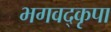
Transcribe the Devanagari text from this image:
भगवद्कृपा